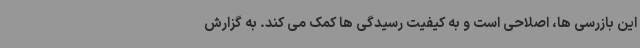
این بازرسی ها، اصلاحی است و به کیفیت رسیدگی ها کمک می کند. به گزارش